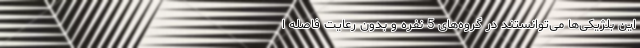
این بلژیکی‌ها می‌توانستند در گروه‌های 5 نفره و بدون رعایت فاصله ا